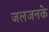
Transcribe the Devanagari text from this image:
जलजनके